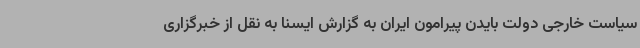
سیاست خارجی دولت بایدن پیرامون ایران به گزارش ایسنا به نقل از خبرگزاری